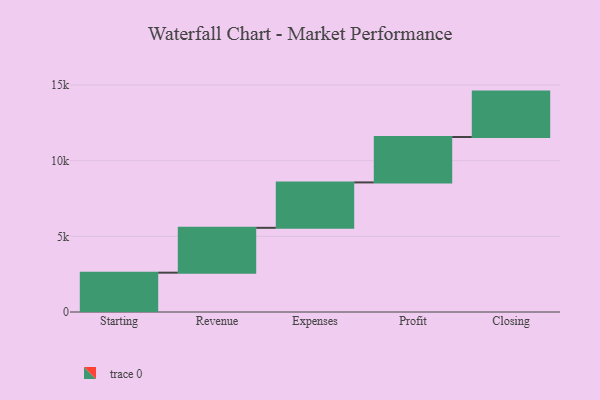
{"axis": {"x": "Step", "y": "Value"}, "legend": [""], "data": [{"x": "Starting", "y": 2598.0, "type": ""}, {"x": "Revenue", "y": 2964.0, "type": ""}, {"x": "Expenses", "y": 3000, "type": ""}, {"x": "Profit", "y": 3000, "type": ""}, {"x": "Closing", "y": 3000, "type": ""}]}